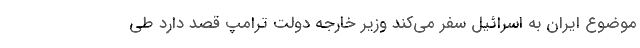
موضوع ایران به اسرائیل سفر می‌کند وزیر خارجه دولت ترامپ قصد دارد طی